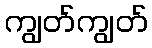
ကျွတ်ကျွတ်